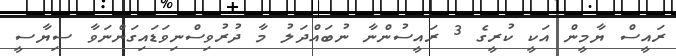
ރައީސް ޔާމީން އަކީ ކުރީގެ 3 ރައީސުންނާ ނުބައްދަލު މާ ދުރުވިސްނިވަޑައިގަންނަވާ ސިޔާސީ